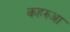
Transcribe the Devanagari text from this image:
कहरुआ